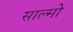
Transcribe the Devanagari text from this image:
साल्मो